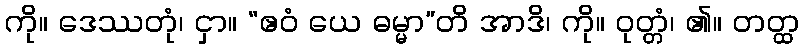
ကို။ ဒေဿတုံ၊ ငှာ။ “ဧဝံ ယေ ဓမ္မာ”တိ အာဒိ၊ ကို။ ဝုတ္တံ၊ ၏။ တတ္ထ